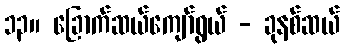
၁၃။ ခြောက်ဆယ်ကျော်ရွယ် - ခုနစ်ဆယ်